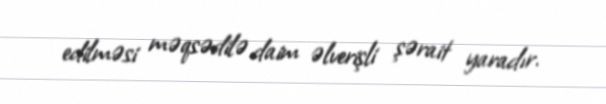
edilməsi məqsədilə daim əlverişli şərait yaradır.